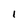
Character: I